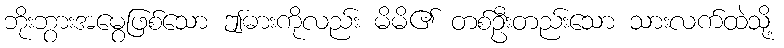
ဘိုးဘွားအမွေဖြစ်သော ဤဓားကိုလည်း မိမိ၏ တစ်ဦးတည်းသော သားလက်ထဲသို့